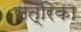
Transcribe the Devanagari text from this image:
संत्रिका